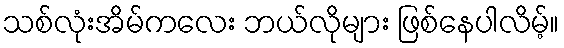
သစ်လုံးအိမ်ကလေး ဘယ်လိုများ ဖြစ်နေပါလိမ့်။